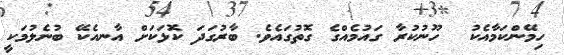
ހިމޭންކަމާއެކު  ހޫނުކުރާ ގައުމެއްގެ ގޮތުގައެވެ. ބާރުގަދަ ކޮޅަކަށް އާނއެކޭ ބުނެލުމަކީ